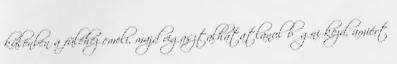
különben a füléhez emeli, majd vigasztalhatatlanul bőgni kezd, amiért